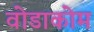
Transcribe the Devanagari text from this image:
वोडाकोम